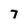
Character: 7